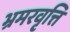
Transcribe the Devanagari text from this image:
भ्रमरवृत्ति